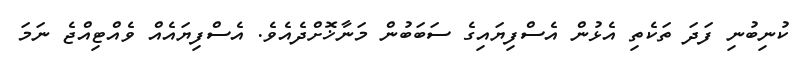
ކުނިބުނި ފަދަ ތަކެތި އެޅުން އެސްފިޔައިގެ ސަބަބުން މަނާޚޮށްދެއެވެ. އެސްފިޔައެއް ވެއްޓިއްޖެ ނަމަ